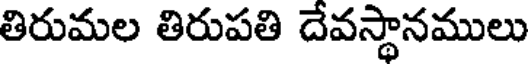
తిరుమల తిరుపతి దేవస్థానములు